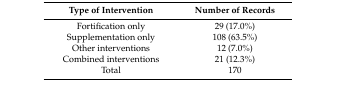
<table><thead><tr><td><b>Type of Intervention</b></td><td><b>Number of Records </b></td></tr></thead><tbody><tr><td>Fortification only</td><td>29 (17.0%)</td></tr><tr><td>Supplementation only</td><td>108 (63.5%)</td></tr><tr><td>Other interventions</td><td>12 (7.0%)</td></tr><tr><td>Combined interventions</td><td>21 (12.3%)</td></tr><tr><td>Total</td><td>170</td></tr></tbody></table>